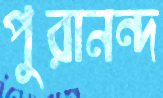
পুরানন্দ